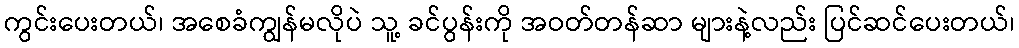
ကွင်းပေးတယ်၊ အစေခံကျွန်မလိုပဲ သူ့ ခင်ပွန်းကို အဝတ်တန်ဆာ များနဲ့လည်း ပြင်ဆင်ပေးတယ်၊